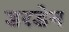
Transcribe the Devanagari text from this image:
डरडेन